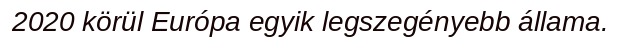
2020 körül Európa egyik legszegényebb állama.